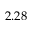
2 . 2 8